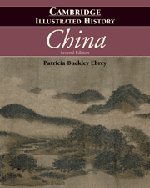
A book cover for The Cambridge Illustrated History of China; Patricia Buckley Ebrey; History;